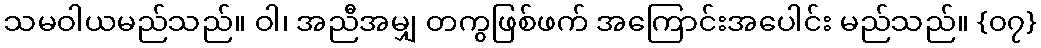
သမဝါယမည်သည်။ ဝါ၊ အညီအမျှ တကွဖြစ်ဖက် အကြောင်းအပေါင်း မည်သည်။ {၀၇}